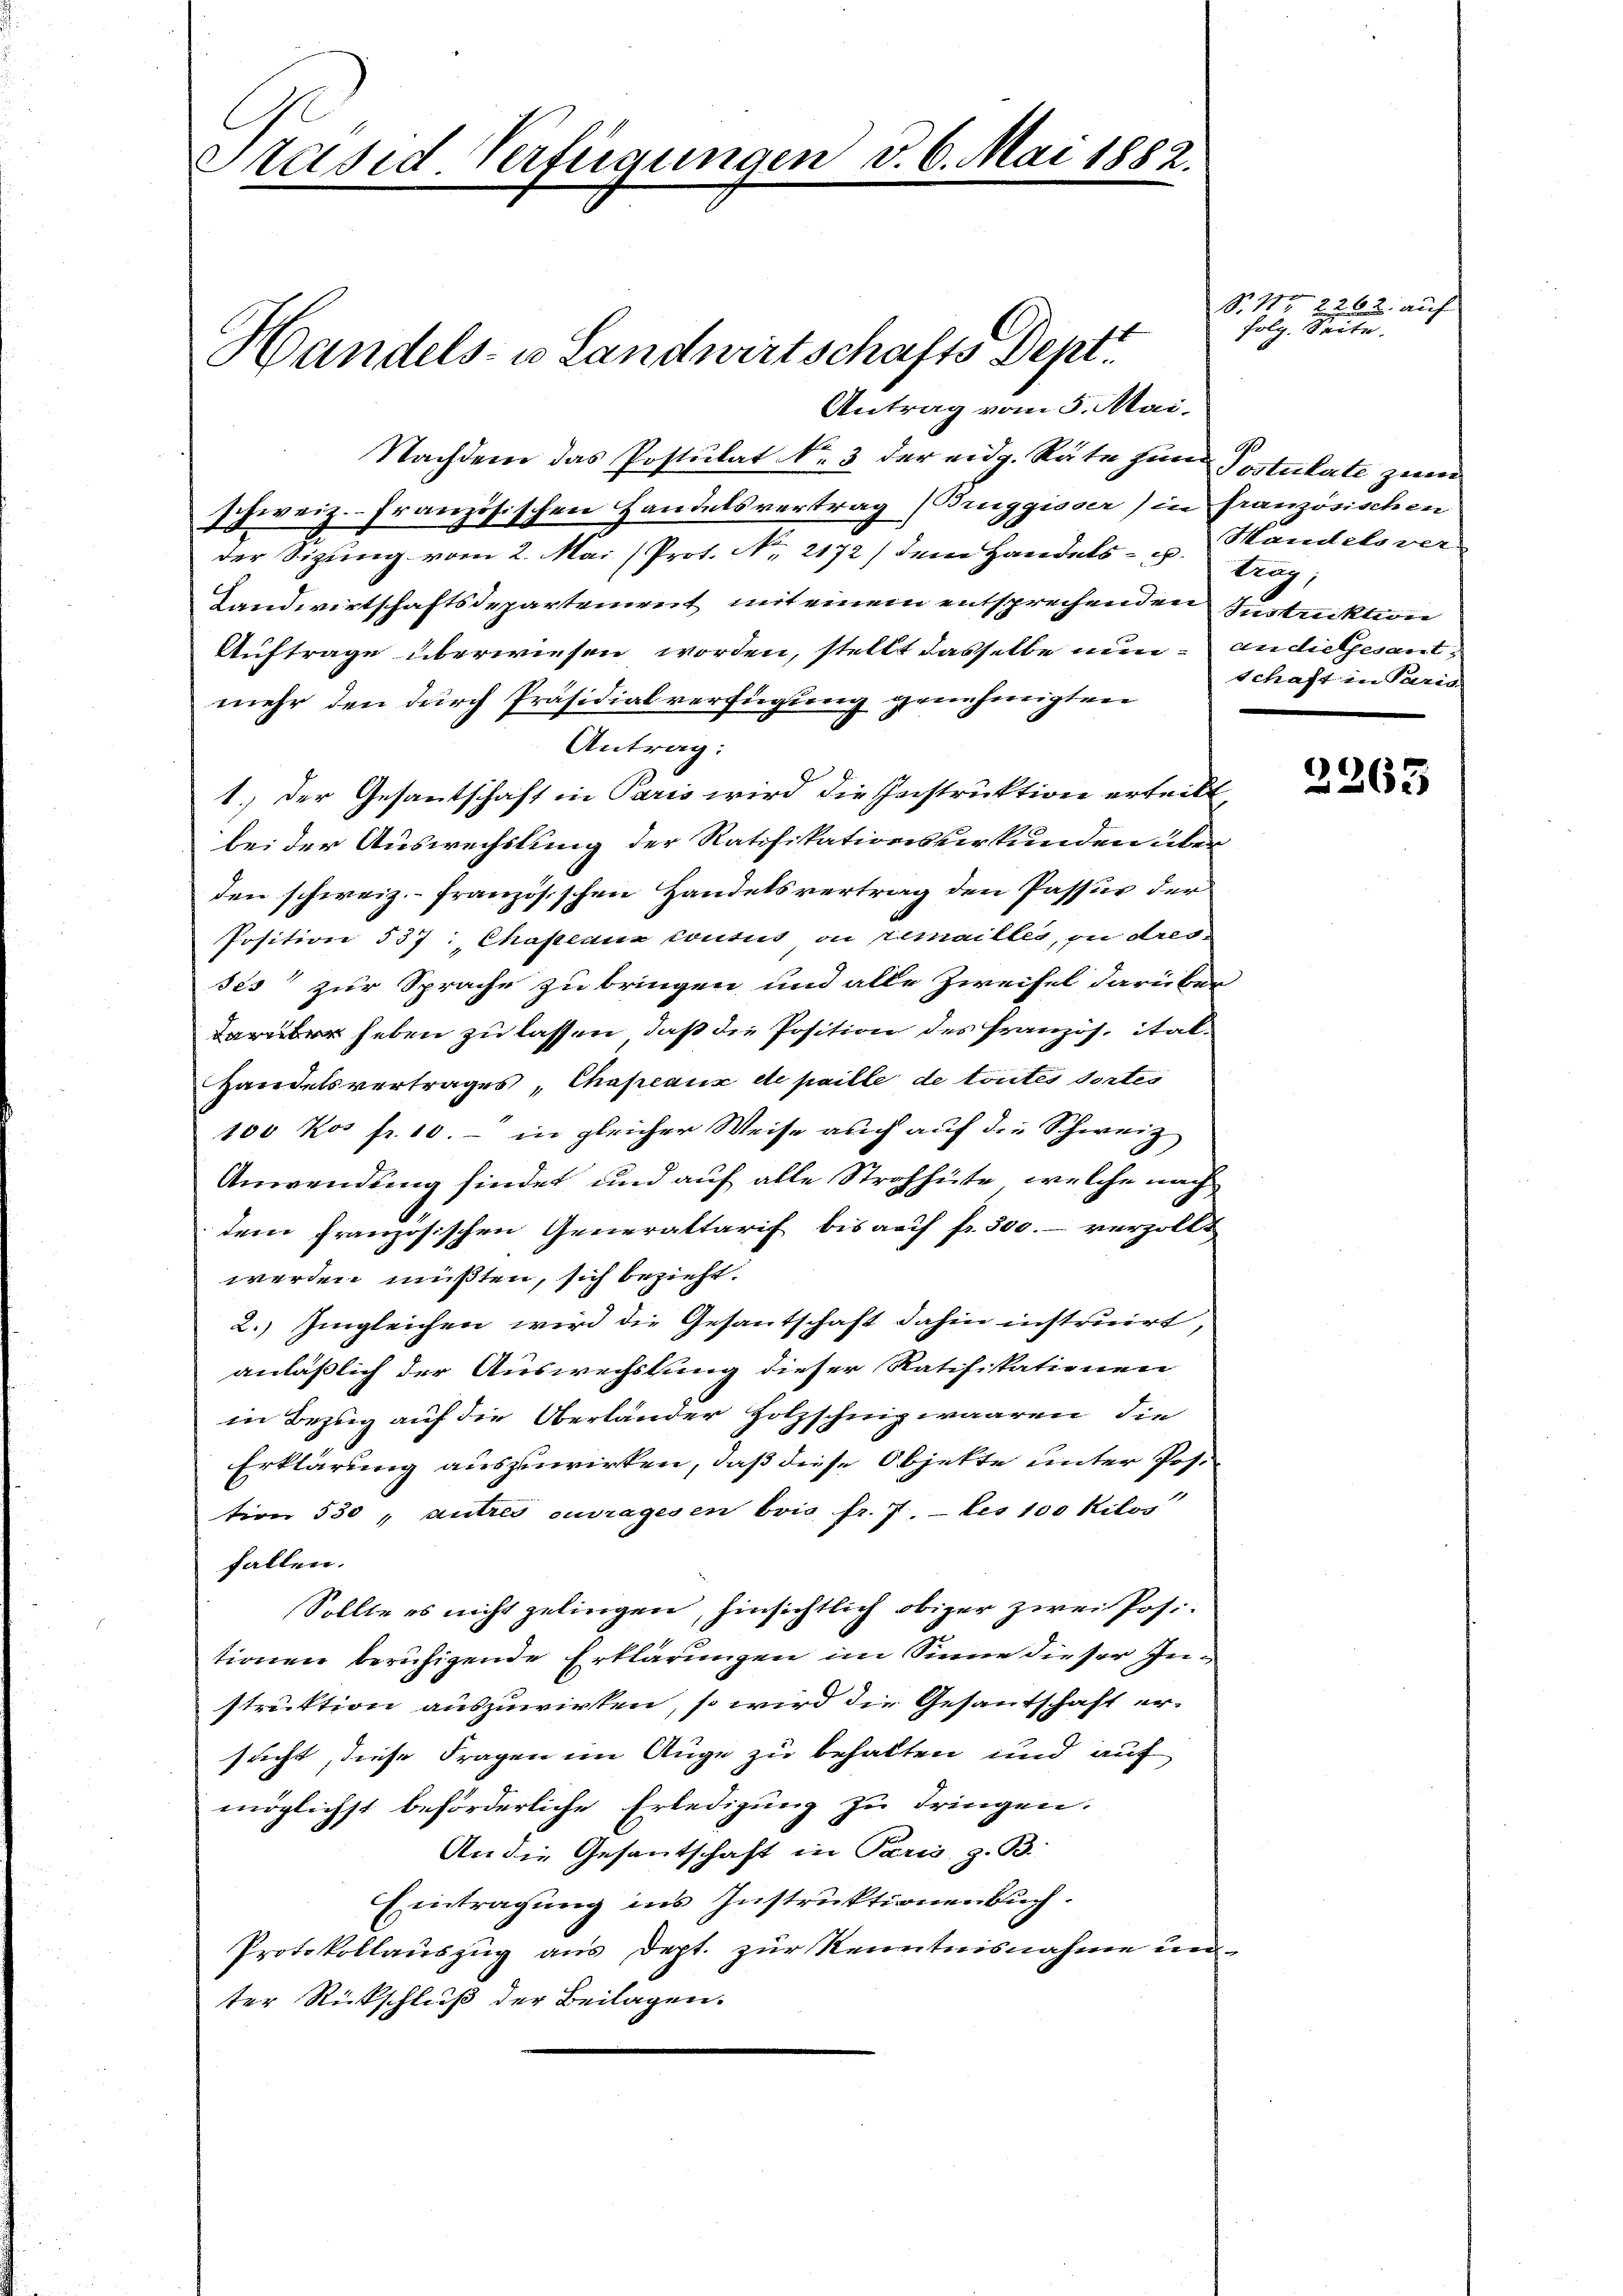
Präsid. Verfügungen d. 6. Mai 1882.

Antrag vom 5. Mai.
Nachdem das Postulat Nr. 3 der eidg. Räte zum Postulate zum
schweiz. Französischen Handelsvertrag (Bruggisser) in französischen
e
der Sizung vom 2. Mai (Prot. No. 2172) dem Handels- u. Handels ver
Landwirtschaftsdepartenreit mit einem entsprechenden Instruktion
Auftrage überwiesen worden, stellt dasselbe nun an die Gesant
mehr den durch Präsidialverfügung genehmigten
Antrag:
1.) Der Gesantschaft in Paris wird die Instruktion erteilt
bei der Auswechslung der Ratifikationsverkunden über
den schweiz.- französischen Handelsvertrag den Passur der
Position 537. Chapeaux contes ou remailles, zu dres
ses zur Sprache zu bringen und alle Zweifel darüber
arüber haben zu lassen, daß die Position des Französ. ital¬
Handelsvertrages, Chapeaux de paille de toutes dortes
100 kos fr. 10.- in gleicher Weise auch auf die Schweiz
Anwendung findet und auf alle Strohhüte, welche nach
dem französischen Generaltarif bis auf fr. 300.- verzollt
werden mußten, sich bezieht.
2. Ingleichen wird die Gesantschaft dahin instruirt,
anläßlich der Auswechslung dieser Ratifikationen
in Bezug auf die Oberländer Holzschnig waaren, die
Erklärung auszuwirken, daß diese Objekte unter Postion 530, autres ouvragesen brig fr. 7. — bis 100 Kilos
fallen.
Sollte es nicht gelingen, hinsichtlich obiger zwei Posi
tionen beruhigende Erklärungen im Sinne dieser Instruktion auszuwirken, so wird die Gesantschaft er-
sucht, diese Fragen im Auge zu behalten und auf
möglichst beförderliche Erledigung zu dringen.
An die Gesantschaft in Paris, z. B.
Eintragung ins Instruktionenbuch.
Protokollauszug aus Dept. zur Kenntnisnahme un
ter Rückschluß der Beilagen.

Handels- u Landwirtschafts Dept.

No. 115 2262. auf
folg. Seite.

lung
Schaft in Paris

2263